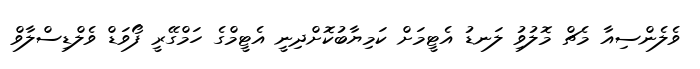
ވެލެންސިއާ މެޗް މޮލުވުި ލަނޑު އެޓީމަށް ކަމިޔާބުކޮށްދިނީ އެޓީމްގެ ހަމްގޭރީ ފޯވަޑް ވެލްޑިސްލާވް